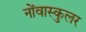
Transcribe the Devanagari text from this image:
नोंवास्कुलर